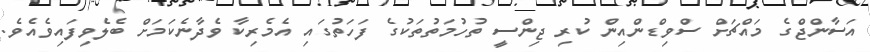
އަސާންޖްގެ މައްޗަށް ސްވިޑްންއިން ކުރި ޖިންސީ ތުހުމަތުތަކުގެ ފަހަތުގައި އެމެރިކާ ވެދާނެކަމަށް ބެލެވިފައިވެއެވެ.